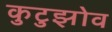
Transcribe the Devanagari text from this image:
कुटुझोव